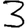
Digit: 3